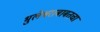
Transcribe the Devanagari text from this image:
भुलेश्वराबाबतचा